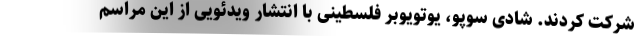
شرکت کردند. شادی سوپو، یوتویوبر فلسطینی با انتشار ویدئویی از این مراسم